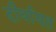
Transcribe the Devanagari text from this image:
दीर्घायत